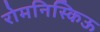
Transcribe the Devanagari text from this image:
रोमनिस्किऊ